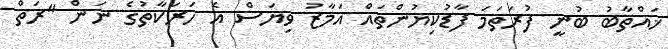
ޚައްތާބު ބުނީ ފުރަތަމަ ފާޑުކިޔުންތައް އަމާޒު ވިޔަސް އެ ހަރަކާތުގެ ނަން "ރަތް